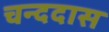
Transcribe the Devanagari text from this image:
चन्ददास